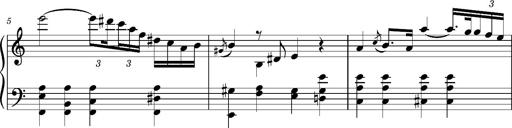
Title: Ungarischer Romanzero
Composer: Franz Liszt